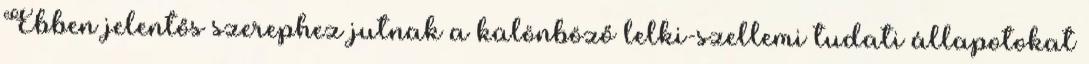
Ebben jelentős szerephez jutnak a különböző lelki-szellemi tudati állapotokat